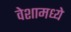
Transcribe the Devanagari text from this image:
वेशामध्ये